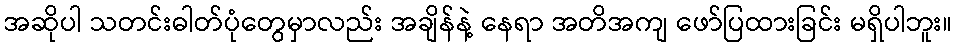
အဆိုပါ သတင်းဓါတ်ပုံတွေမှာလည်း အချိန်နဲ့ နေရာ အတိအကျ ဖော်ပြထားခြင်း မရှိပါဘူး။